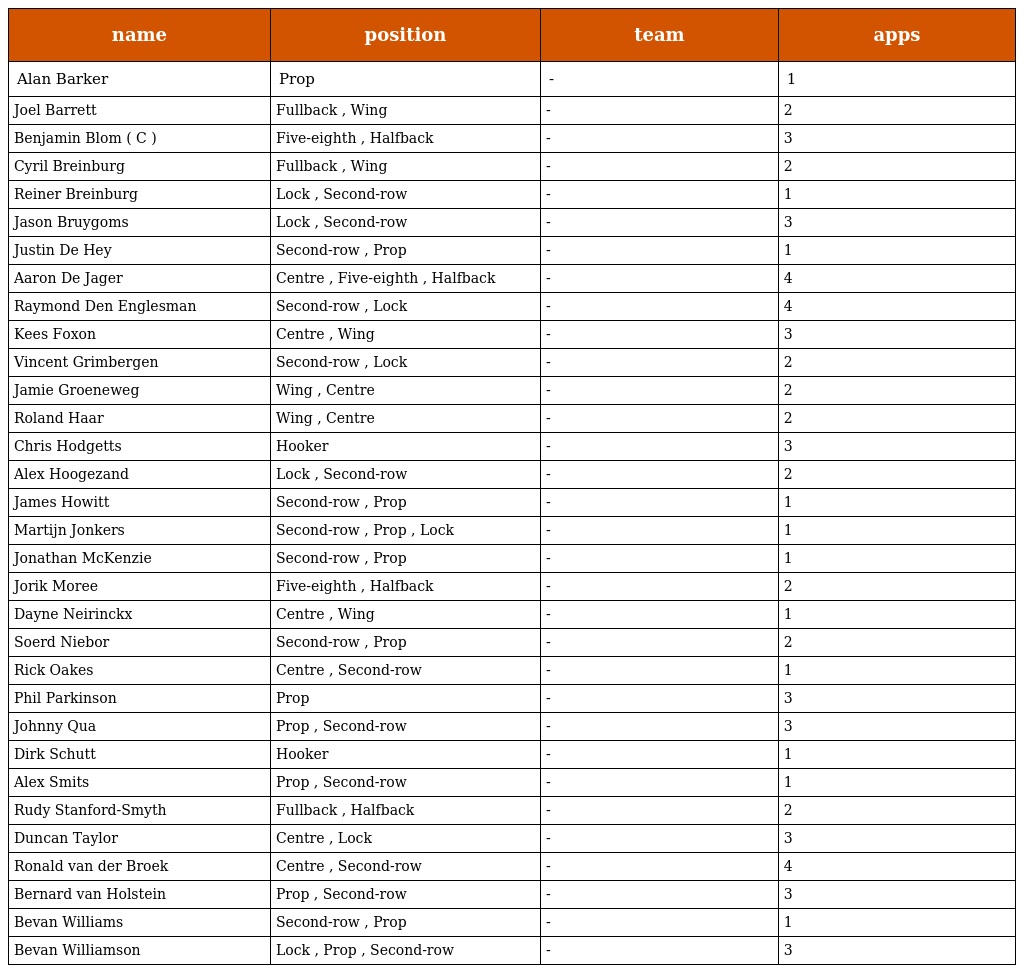
| name | position | team | apps |
 | --- | --- | --- | --- |
 | Alan Barker | Prop | - | 1 |
 | Joel Barrett | Fullback , Wing | - | 2 |
 | Benjamin Blom ( C ) | Five-eighth , Halfback | - | 3 |
 | Cyril Breinburg | Fullback , Wing | - | 2 |
 | Reiner Breinburg | Lock , Second-row | - | 1 |
 | Jason Bruygoms | Lock , Second-row | - | 3 |
 | Justin De Hey | Second-row , Prop | - | 1 |
 | Aaron De Jager | Centre , Five-eighth , Halfback | - | 4 |
 | Raymond Den Englesman | Second-row , Lock | - | 4 |
 | Kees Foxon | Centre , Wing | - | 3 |
 | Vincent Grimbergen | Second-row , Lock | - | 2 |
 | Jamie Groeneweg | Wing , Centre | - | 2 |
 | Roland Haar | Wing , Centre | - | 2 |
 | Chris Hodgetts | Hooker | - | 3 |
 | Alex Hoogezand | Lock , Second-row | - | 2 |
 | James Howitt | Second-row , Prop | - | 1 |
 | Martijn Jonkers | Second-row , Prop , Lock | - | 1 |
 | Jonathan McKenzie | Second-row , Prop | - | 1 |
 | Jorik Moree | Five-eighth , Halfback | - | 2 |
 | Dayne Neirinckx | Centre , Wing | - | 1 |
 | Soerd Niebor | Second-row , Prop | - | 2 |
 | Rick Oakes | Centre , Second-row | - | 1 |
 | Phil Parkinson | Prop | - | 3 |
 | Johnny Qua | Prop , Second-row | - | 3 |
 | Dirk Schutt | Hooker | - | 1 |
 | Alex Smits | Prop , Second-row | - | 1 |
 | Rudy Stanford-Smyth | Fullback , Halfback | - | 2 |
 | Duncan Taylor | Centre , Lock | - | 3 |
 | Ronald van der Broek | Centre , Second-row | - | 4 |
 | Bernard van Holstein | Prop , Second-row | - | 3 |
 | Bevan Williams | Second-row , Prop | - | 1 |
 | Bevan Williamson | Lock , Prop , Second-row | - | 3 |